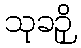
သုခဉှိ